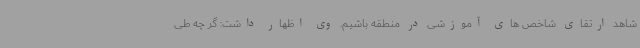
شاهد ارتقای شاخص های آموزشی در منطقه باشیم. وی اظهار داشت: گر چه طی